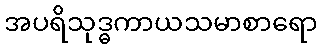
အပရိသုဒ္ဓကာယသမာစာရော